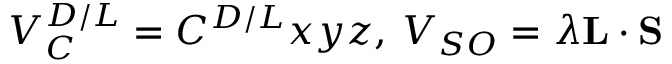
V _ { C } ^ { D / L } = C ^ { D / L } x y z , \: V _ { S O } = \lambda \mathbf { L } \cdot \mathbf { S }